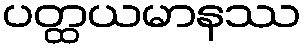
ပတ္ထယမာနဿ